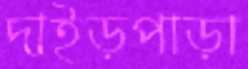
দাইড়পাড়া